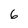
Character: 6